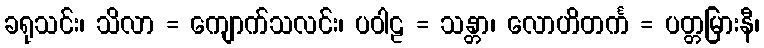
ခရုသင်း၊ သိလာ = ကျောက်သလင်း၊ ပဝါဠ = သန္တာ၊ လောဟိတင်္က = ပတ္တမြားနီ၊